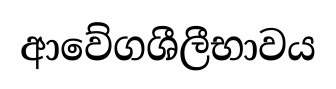
ආවේගශීලීභාවය